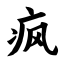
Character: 疯